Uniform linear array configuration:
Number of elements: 12
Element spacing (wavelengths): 0.25
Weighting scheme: kaiser
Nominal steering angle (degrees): -15
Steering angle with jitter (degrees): -16.209
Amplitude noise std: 0.05
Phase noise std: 0.05

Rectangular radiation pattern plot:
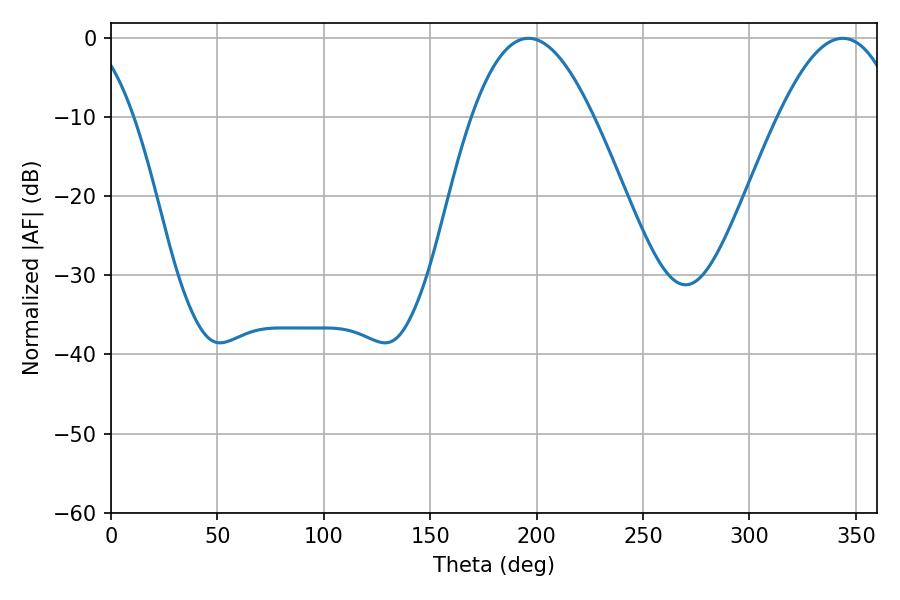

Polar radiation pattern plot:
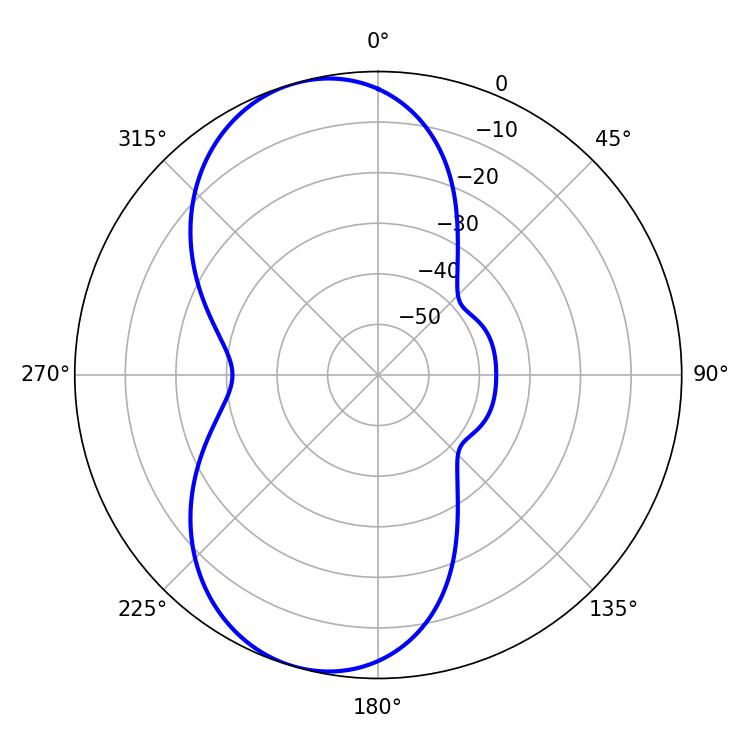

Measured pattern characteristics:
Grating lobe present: FALSE
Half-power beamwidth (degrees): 31.32
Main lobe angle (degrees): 196.2